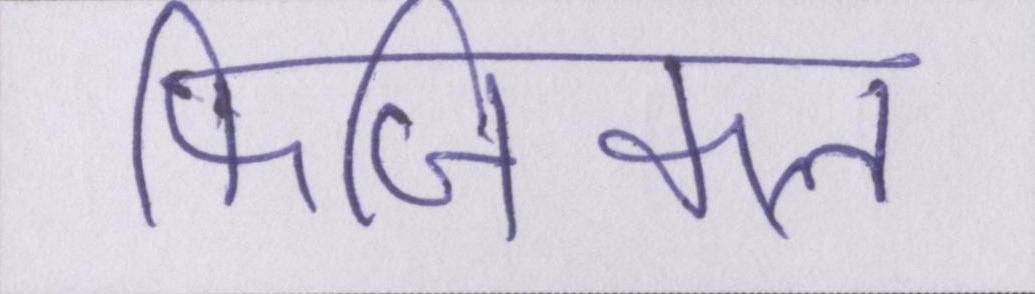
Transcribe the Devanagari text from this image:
फिजिकल